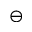
\ominus